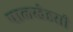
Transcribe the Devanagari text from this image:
पालखेडसी